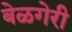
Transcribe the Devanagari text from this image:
बेळगेरी